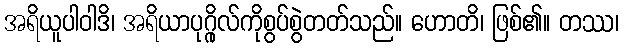
အရိယူပါဝါဒိ၊ အရိယာပုဂ္ဂိုလ်ကိုစွပ်စွဲတတ်သည်။ ဟောတိ၊ ဖြစ်၏။ တဿ၊